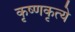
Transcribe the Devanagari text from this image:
कृष्णकृत्ये